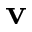
\mathbf { v }